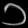
Digit: ၁